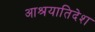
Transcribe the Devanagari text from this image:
आश्रयातिदेश